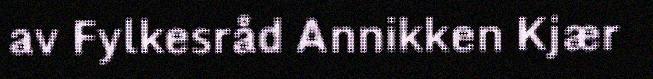
av Fylkesråd Annikken Kjær